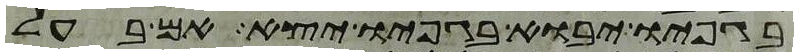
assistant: בגפיו יבוא בגפיו יצא אם בעל